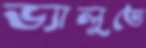
ভ্যালুতে